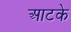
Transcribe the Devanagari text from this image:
आटके